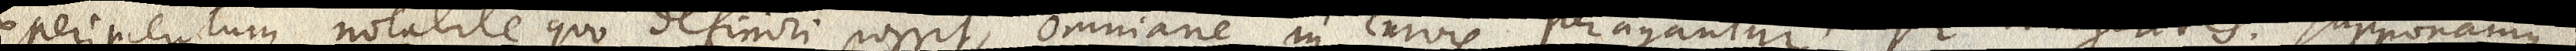
Experimentum notabile quo definiri possit, omniane in curvis peragantur per tangentes. Supponamus